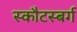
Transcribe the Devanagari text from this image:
स्कौटस्बर्ग